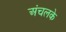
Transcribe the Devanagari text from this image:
अंचलके